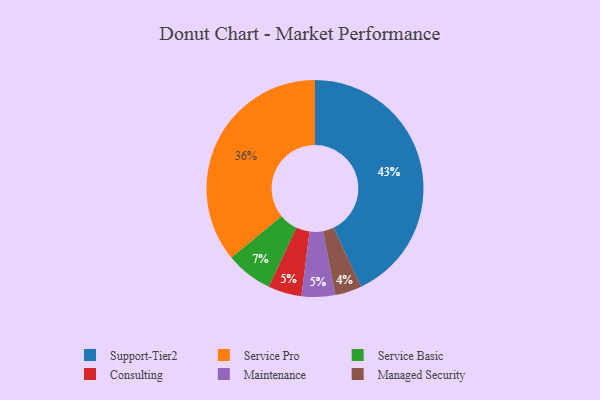
{"axis": {"x": "Category", "y": "Percentage"}, "legend": ["Consulting", "Maintenance", "Managed Security", "Service Basic", "Service Pro", "Support-Tier2"], "data": [{"x": "Service Basic", "y": 7, "type": "Service Basic"}, {"x": "Service Pro", "y": 36, "type": "Service Pro"}, {"x": "Managed Security", "y": 4, "type": "Managed Security"}, {"x": "Consulting", "y": 5, "type": "Consulting"}, {"x": "Support-Tier2", "y": 43, "type": "Support-Tier2"}, {"x": "Maintenance", "y": 5, "type": "Maintenance"}]}